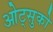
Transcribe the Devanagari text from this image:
ओट्सुको